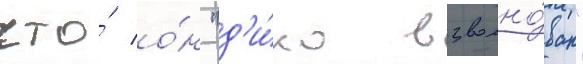
что́ о́н "д'и́ко взволно́ван"